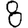
Digit: 8